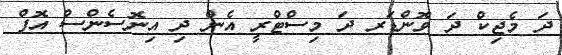
ދަ މެޖިކް ދަ ވޮންޑަރ ދަ މިސްޓްރީ އެން ދި އިނޮސެންސް އޮފް